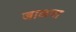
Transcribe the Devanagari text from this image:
जाळया